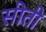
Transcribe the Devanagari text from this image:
सीती